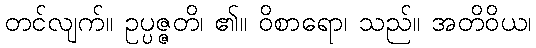
တင်လျက်။ ဥပ္ပဇ္ဇတိ၊ ၏။ ဝိစာရော၊ သည်။ အတိဝိယ၊